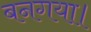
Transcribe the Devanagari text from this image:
बनगया।